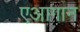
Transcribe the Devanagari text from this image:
एआगान